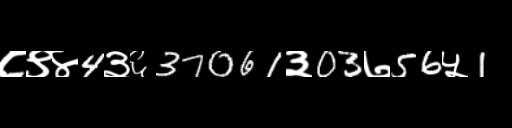
Text: ८९४4३६37061३03७56५1